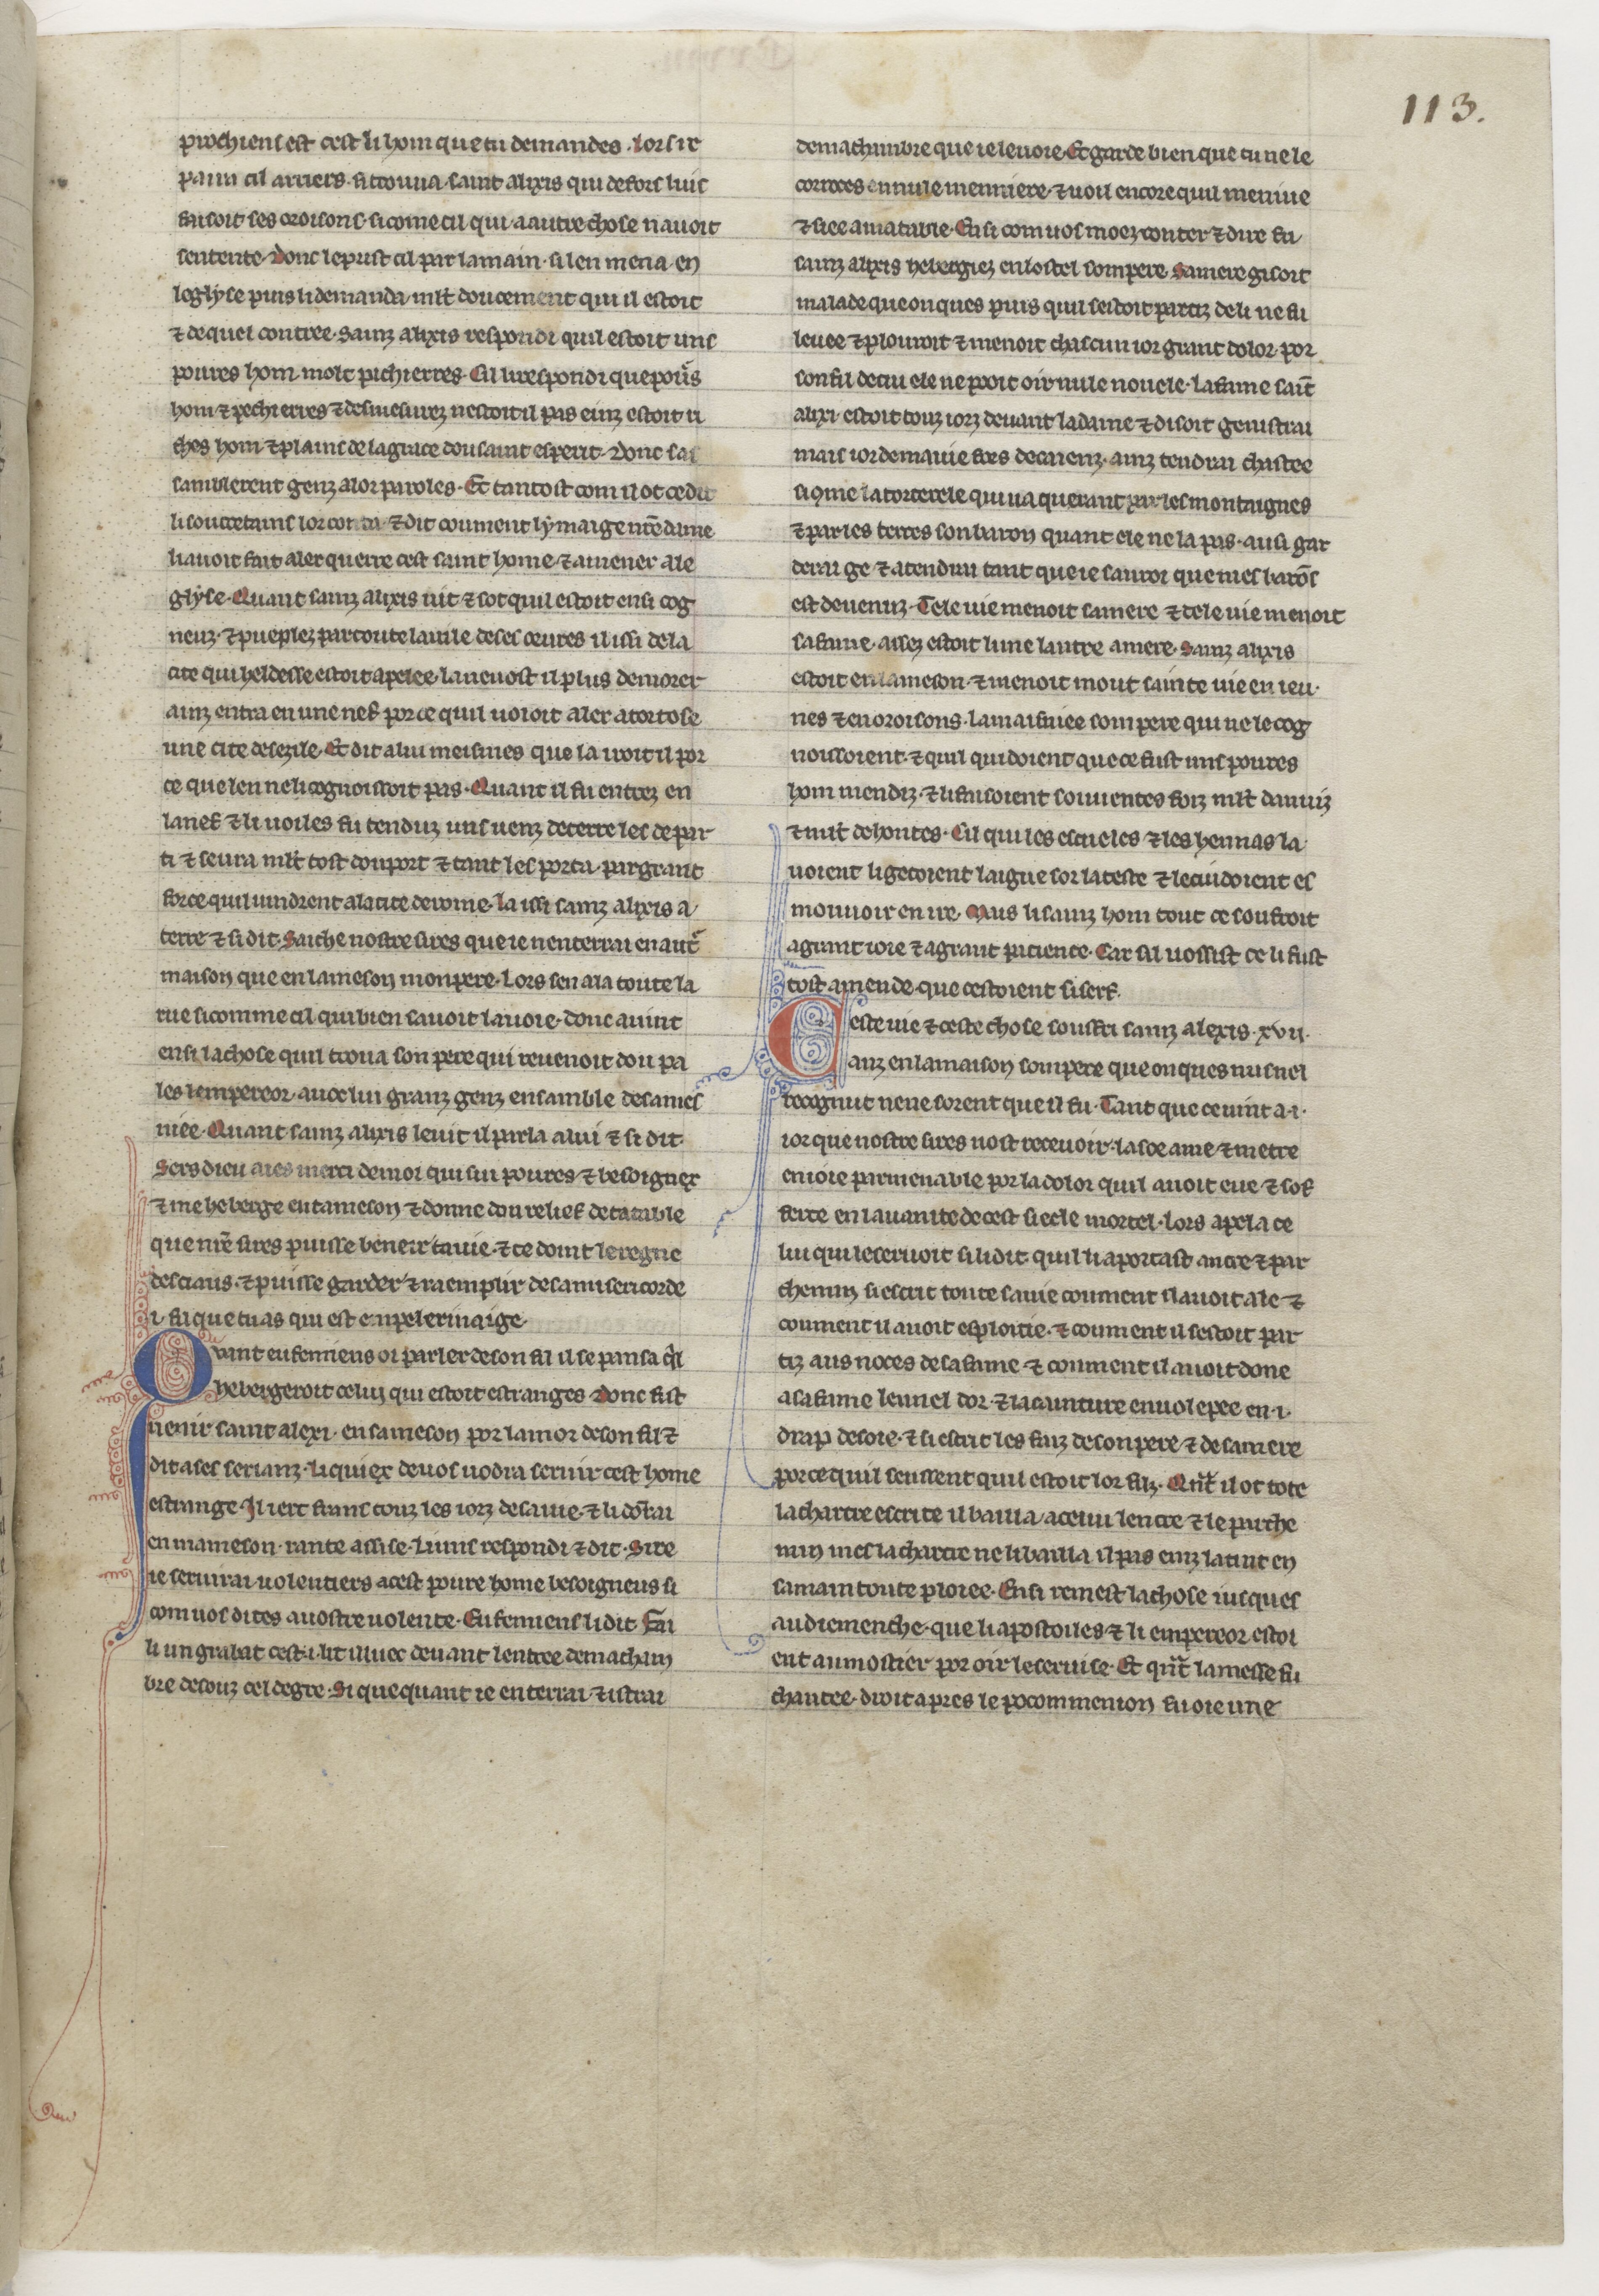
Shelfmark: Paris, BnF, NAF 23686
Century: 13